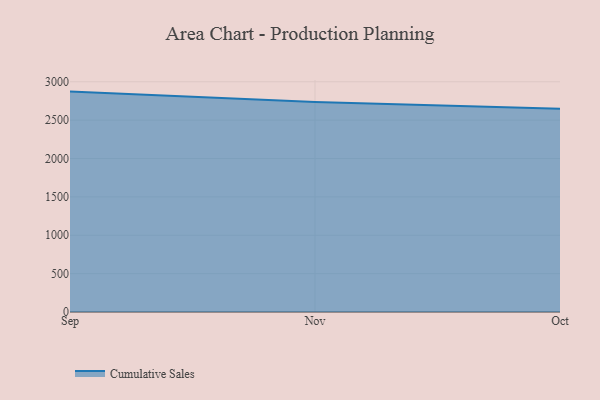
{"axis": {"x": "Month", "y": "Humidity (%)"}, "legend": ["Cumulative Sales"], "data": [{"x": "Sep", "y": 2872.0, "type": "Cumulative Sales"}, {"x": "Nov", "y": 2735.4, "type": "Cumulative Sales"}, {"x": "Oct", "y": 2647.5, "type": "Cumulative Sales"}]}